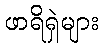
ဖာရိရှဲများ